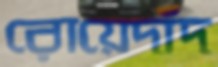
রোয়েদাঁদ